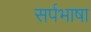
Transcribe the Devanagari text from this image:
सर्पभाषा